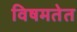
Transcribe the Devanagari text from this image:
विषमतेत